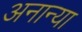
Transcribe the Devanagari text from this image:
अनान्या